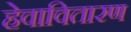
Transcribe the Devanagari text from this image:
हेवावितारण